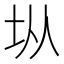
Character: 𭎂